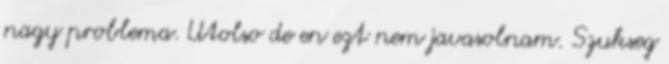
nagy problema. Utolso de en ezt nem javasolnam. Szukseg